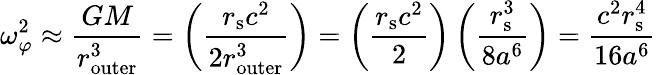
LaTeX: \omega_{\varphi}^{2}\approx{\frac{GM}{r_{\mathrm{outer}}^{3}}}=\left({\frac{r_{\mathrm{{s}}}c^{2}}{2r_{\mathrm{outer}}^{3}}}\right)=\left({\frac{r_{\mathrm{{s}}}c^{2}}{2}}\right)\left({\frac{r_{\mathrm{{s}}}^{3}}{8a^{6}}}\right)={\frac{c^{2}r_{\mathrm{{s}}}^{4}}{16a^{6}}}